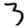
Digit: 3